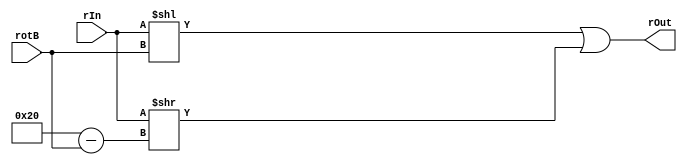
// Zuhair Shaikh and Brant Lan Li
// ROL Operation (ROL)
// ELEC374 - Digital Systems Engineering
// Department of Electrical and Computer Engineering
// Queen's University

module rol_32(
	input wire [31:0] rIn, rotB,
	output wire [31:0] rOut
	);
	
	reg [31:0] oTemp;
	always @ (*)
		begin
			oTemp = ((rIn << rotB) | (rIn >> (32 - rotB)));
		end
	assign rOut = oTemp;
	
endmodule